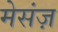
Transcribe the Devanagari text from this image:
मेसंज़